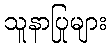
သူနာပြုများ